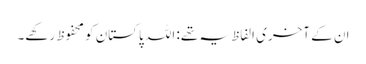
ان کے آخری الفاظ یہ تھے: اللہ پاکستان کو محفوظ رکھے۔